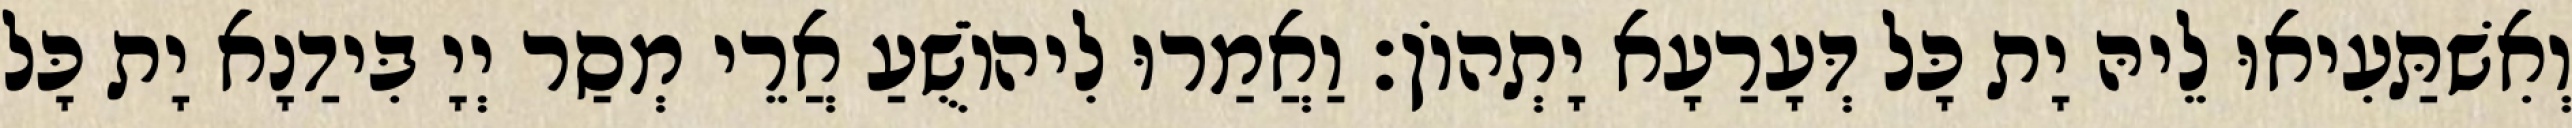
וְאִשׁתַּעִיאוּ לֵיהּ יָת כָּל דְּעָרַעָא יָתְהוֹן׃ וַאֲמַרוּ לִיהוֹשֻׁעַ אֲרֵי מְסַר יְיָ בִּידַנָא יָת כָּל